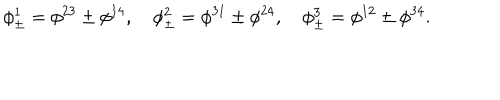
\phi _ { \pm } ^ { 1 } = \phi ^ { 2 3 } \pm \phi ^ { 1 4 } , \quad \phi _ { \pm } ^ { 2 } = \phi ^ { 3 1 } \pm \phi ^ { 2 4 } , \quad \phi _ { \pm } ^ { 3 } = \phi ^ { 1 2 } \pm \phi ^ { 3 4 } .